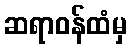
ဆရာဝန်ထံမှ